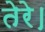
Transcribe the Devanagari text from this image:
तेरे।